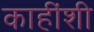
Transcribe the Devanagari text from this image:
काहींशी